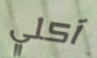
آكلي